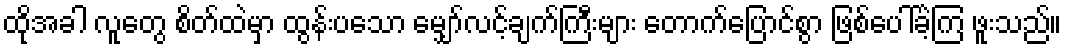
ထိုအခါ လူတွေ စိတ်ထဲမှာ ထွန်းပသော မျှော်လင့်ချက်ကြီးများ တောက်ပြောင်စွာ ဖြစ်ပေါ်ခဲ့ကြ ဖူးသည်။